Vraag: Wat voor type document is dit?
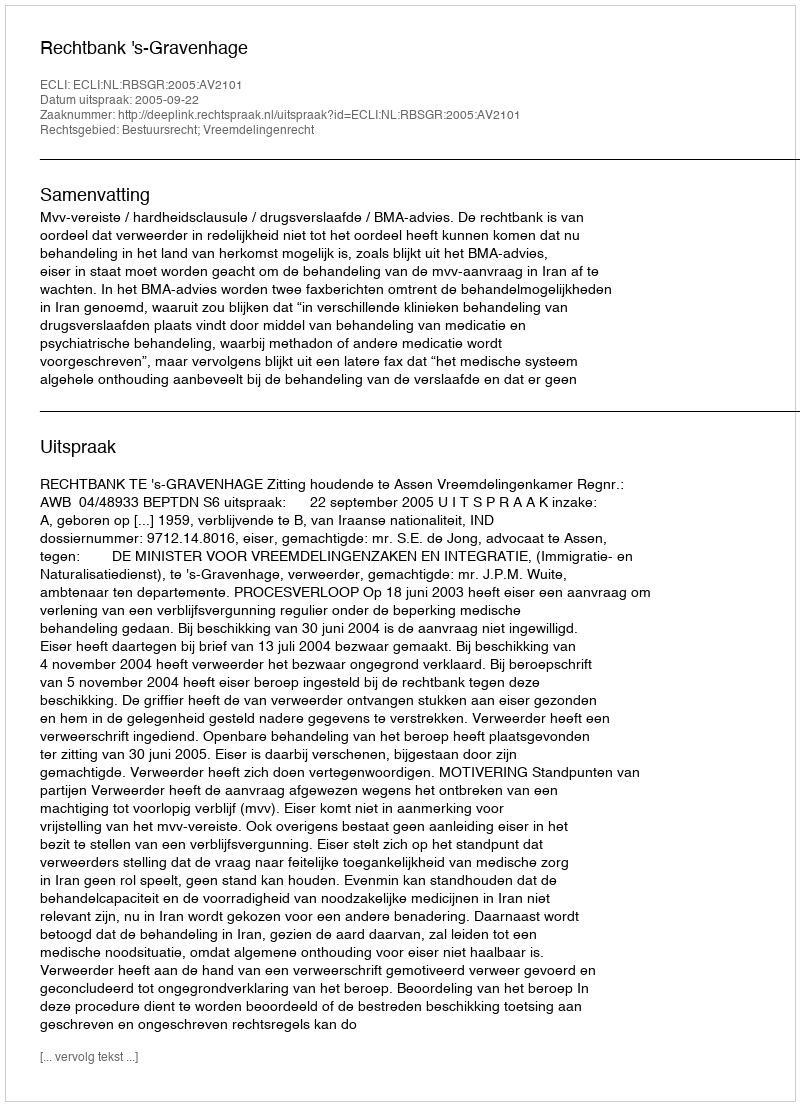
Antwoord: Uitspraak